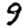
Digit: 9